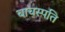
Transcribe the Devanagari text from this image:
बाचस्पति